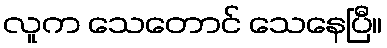
လူက သေတောင် သေနေပြီ။